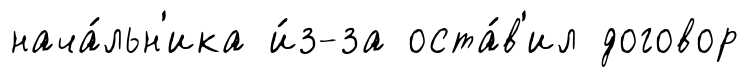
нача́льн'ика и́з-за оста́в'ил договор